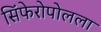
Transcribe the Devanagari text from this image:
सिंफेरोपोलला